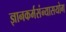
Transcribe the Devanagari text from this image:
ज्ञानकर्मसंन्यासयोग